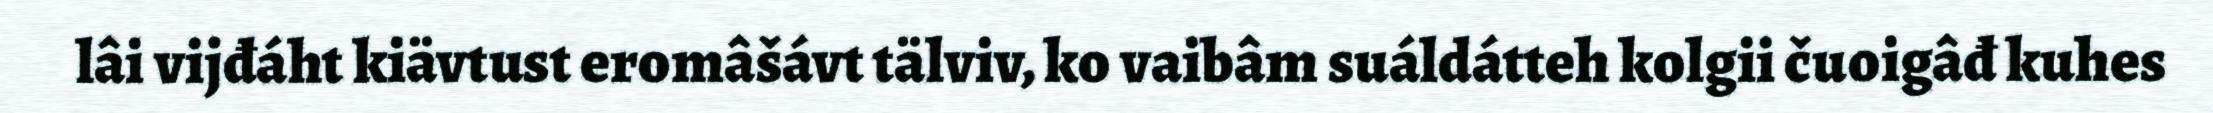
lâi vijđáht kiävtust eromâšávt tälviv, ko vaibâm suáldátteh kolgii čuoigâđ kuhes